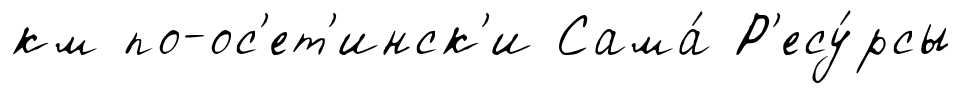
км по-ос'ет'инск'и Сама́ Р'есу́рсы